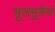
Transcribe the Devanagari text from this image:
भूलभुलैयों